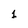
Character: 1